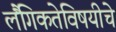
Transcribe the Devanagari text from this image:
लैंगिकतेविषयीचे